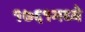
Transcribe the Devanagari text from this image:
१७६१मध्ये